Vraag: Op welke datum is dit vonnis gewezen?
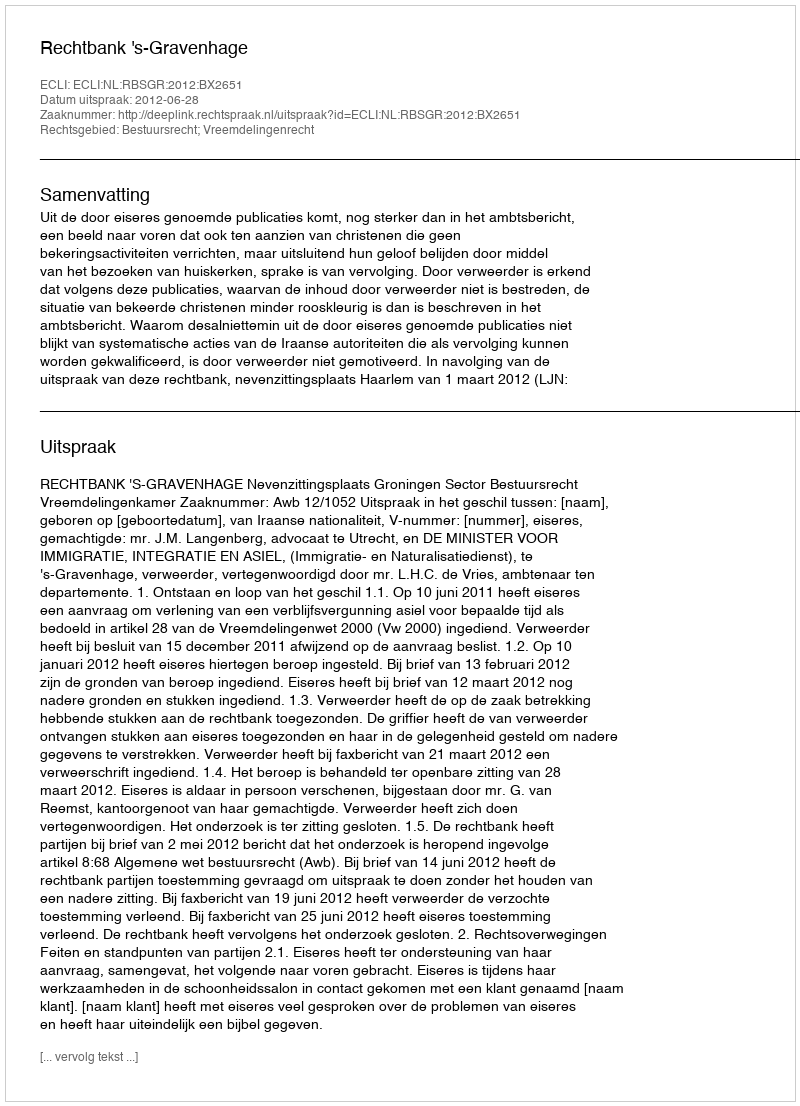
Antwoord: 2012-06-28